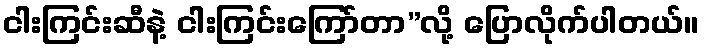
ငါးကြင်းဆီနဲ့ ငါးကြင်းကြော်တာ”လို့ ပြောလိုက်ပါတယ်။